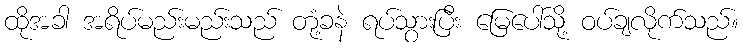
ထိုအခါ အရိပ်မည်းမည်းသည် တုံ့ခနဲ ရပ်သွားပြီး မြေပေါ်သို့ ဝပ်ချလိုက်သည်။